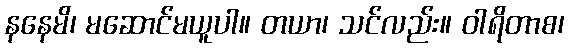
နနေမိ၊ မဆောင်မယူပါ။ တယာ၊ သင်လည်း။ ဝါရိတာစ၊